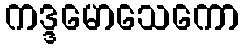
ကဒ္ဒမောသေကော